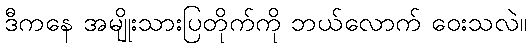
ဒီကနေ အမျိုးသားပြတိုက်ကို ဘယ်လောက် ဝေးသလဲ။